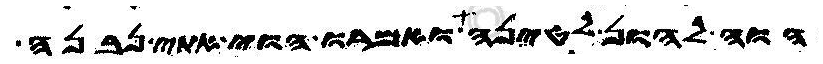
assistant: הוה להון לטינה ואמרו הוי אתי נבנה